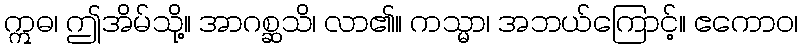
ဣဓ၊ ဤအိမ်သို့။ အာဂစ္ဆသိ၊ လာ၏။ ကသ္မာ၊ အဘယ်ကြောင့်။ ဧကောဝ၊